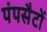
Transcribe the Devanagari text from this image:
पंपसैटों